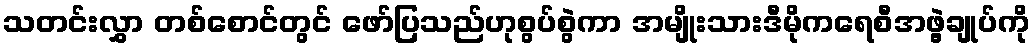
သတင်းလွှာ တစ်စောင်တွင် ဖော်ပြသည်ဟုစွပ်စွဲကာ အမျိုးသားဒီမိုကရေစီအဖွဲ့ချုပ်ကို